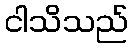
ငါသိသည်